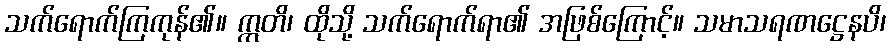
သက်ရောက်ကြကုန်၏။ ဣတိ၊ ထိုသို့ သက်ရောက်ရာ၏ အဖြစ်ကြောင့်။ သမာသရဏဋ္ဌေနပိ၊